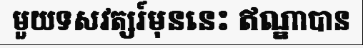
មួយទសវត្សរ៍មុននេះ ឥណ្ឌាបាន